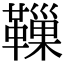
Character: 𩍀